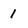
Character: 1